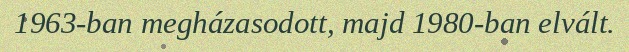
1963-ban megházasodott, majd 1980-ban elvált.